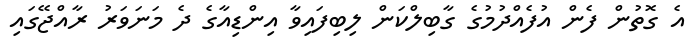
އެ ގޮތުން ފެން އުފެއްދުމުގެ ގާބިލްކަން ލިބިފައިވާ އިންޑިއާގެ ދެ މަނަވަރު ރާއްޖޭގައި